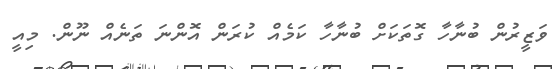
ވަޒީރުން ބުނާހާ ގޮތަކަށް ބުނާހާ ކަމެއް ކުރަން އޮންނަ ތަނެއް ނޫން. މިއީ